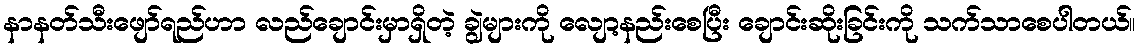
နာနတ်သီးဖျော်ရည်ဟာ လည်ချောင်းမှာရှိတဲ့ ချွဲများကို လျော့နည်းစေပြီး ချောင်းဆိုးခြင်းကို သက်သာစေပါတယ်။